Annual report on the lock hospitals of the Madras Presidency
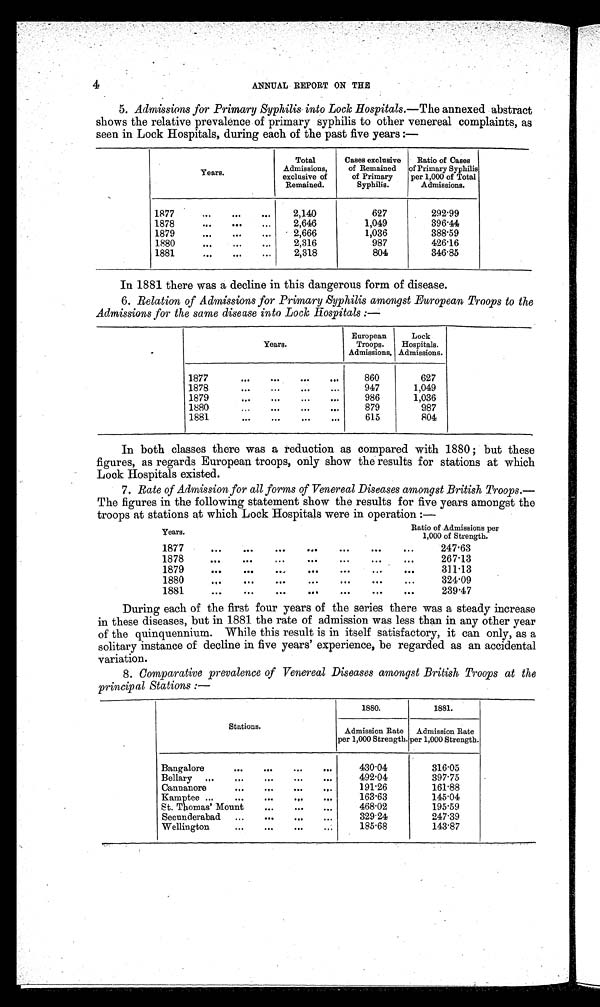
4
ANNUAL REPORT ON THE
5. Admissions for Primary Syphilis into Lock Hospitals .—The annexed abstract
shows the relative prevalence of primary syphilis to other venereal complaints, as
seen in Lock Hospitals, during each of the past five years :—
In 1881 there was a decline in this dangerous form of disease.
6. Relation of Admissions for Primary Syphilis amongst European Troops to the
Admissions for the same disease into Lock Hospitals :—
Years.
EuropeanTroops Admissions. Lock Hospitals.
1877
...
...
...
...
860
627
1878
...
...
...
... 947
1,049
1879
...
...
...
... 986
1,036
1880
...
...
...
... 879
987
1881
...
...
...
... 615
804
In both classes there was a reduction as compared with 1880 ; but these
figures, as regards European troops, only show the results for stations at which
Lock Hospitals existed.
7. Rate of Admission for all forms of Venereal Diseases amongst British Troops .—
The figures in the following statement show the results for five years amongst the
troops at stations at which Lock Hospitals were in operation :—
Years.
Ratio of Admissions per 1,000 of strength.
1877
...
...
...
. . . ...
... ... 247.63
267.13
1878
...
...
...
...
...
. . .
3 1 1 . 1 3
1879
...
...
... ...
. .. ...
1880
... ...,
...
...
...
324.09
239.47
1881
...
. . . ...
... ...
...
. . .
During each of the first four years of the series there was a steady increase
in these diseases, but in 1881 the rate of admission was less than in any other year
of the quinquennium. While this result is in itself satisfactory, it can only, as a
solitary instance of decline in five years experience, be regarded as an accidental
variation.
8. Comparative prevalence of Venereal Diseases amongst British Troops at the
principal Stations :—
S t a t i o n s .
1880.
1881.
Admission Rate
per 1,000 Strength.
Admission Rate
per 1,000 Strength.
Bangalore ... ... ... ...
430.04
316.05
Bellary
...
...
...
...
...
492.04
397.75
Cannanore ... ... ... ...
191.26
161.88
Kamptee ...
...
...
.,.
,..
163.63
145.04
St. Thomas' Mount
...
...
...
468.02
195.59
Secunderabad
...
...
...
...
329.24
247.39
Wellington
...
...
...
. . .
185.68
143.87
Years.
T o t a l Ad mi s s i o n s e x c l u s i v e o f Re ma i n e d .
Cases exclusive o f R e m a i n e d o f P r i m a r y S y p h i l i s .
Rat i o of Cas es of Pr i mar y Syphi l i s per 1, 000 of Tot al Admi s s i ons .
1877 ... ... ...
2,140
6 2 7
2 9 2 . 9 9
1878 ... ... ...
2,646
1 , 0 4 9
3 9 6 . 4 4
1879 ... ... ...
2,666
1 , 0 3 6
3 8 8 . 5 9
1880 ... ... ...
2,316
9 8 7
4 2 6 . 1 6
1881 ... ... ...
2,3187
8 0 4
3 4 6 . 8 5